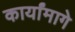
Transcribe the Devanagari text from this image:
कार्यांमागे